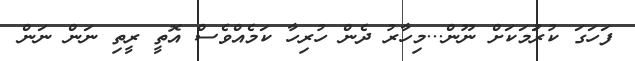
ފަަހަގަ ކުރަުމަކަށް ނޫން...މިހާރު ދެން ހުރިހާ ކަމެއްވެސް އޮތީ ރީތި ނަން ނަން